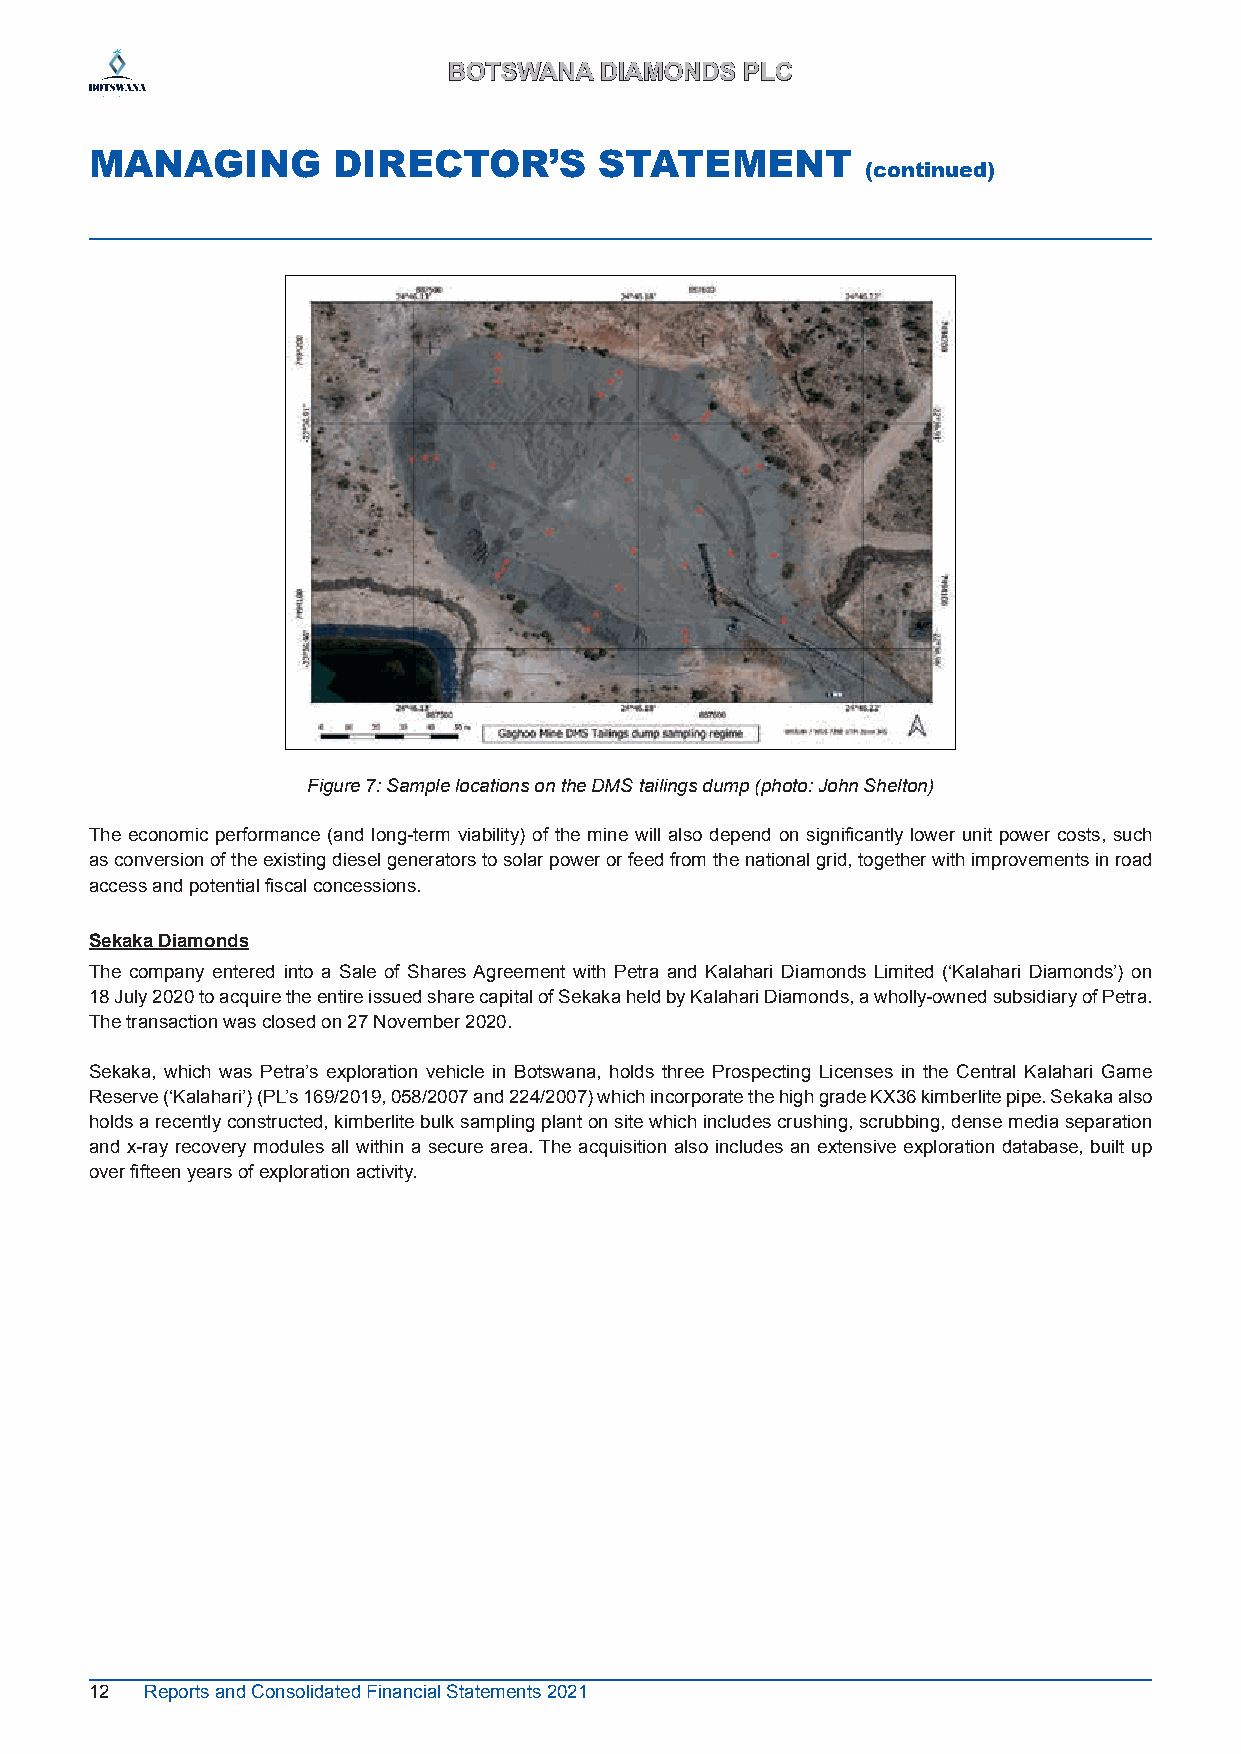
BBOOTTSSWWAANNAA DDIIAAMMOONNDDSS PPLLCC
 MANAGING        DIRECTOR’S        STATEMENT
 (continued)
 Figure 7: Sample locations on the DMS tailings dump (photo: John Shelton)
 The economic performance (and long-term viability) of the mine will also depend on significantly lower unit power costs, such
 as conversion of the existing diesel generators to solar power or feed from the national grid, together with improvements in road
 access and potential fiscal concessions.
 Sekaka Diamonds
 The company entered into a Sale of Shares Agreement with Petra and Kalahari Diamonds Limited (‘Kalahari Diamonds’) on
 18 July 2020 to acquire the entire issued share capital of Sekaka held by Kalahari Diamonds, a wholly-owned subsidiary of Petra.
 The transaction was closed on 27 November 2020.
 Sekaka, which was Petra’s exploration vehicle in Botswana, holds three Prospecting Licenses in the Central Kalahari Game
 Reserve (‘Kalahari’) (PL’s 169/2019, 058/2007 and 224/2007) which incorporate the high grade KX36 kimberlite pipe. Sekaka also
 holds a recently constructed, kimberlite bulk sampling plant on site which includes crushing, scrubbing, dense media separation
 and x-ray recovery modules all within a secure area. The acquisition also includes an extensive exploration database, built up
 over fifteen years of exploration activity.
 12  Reports and Consolidated Financial Statements 2021